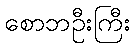
စောဘဦးကြီး